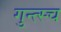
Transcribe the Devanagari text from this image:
गुन्त्स्च